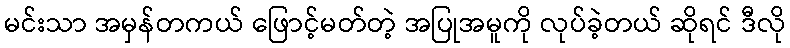
မင်းသာ အမှန်တကယ် ဖြောင့်မတ်တဲ့ အပြုအမူကို လုပ်ခဲ့တယ် ဆိုရင် ဒီလို